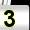
Digit: 3